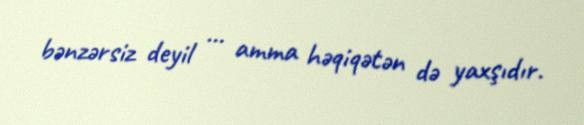
bənzərsiz deyil … amma həqiqətən də yaxşıdır.